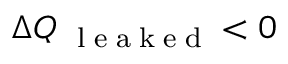
\Delta Q _ { \mathrm { ~ \tiny ~ l ~ e ~ a ~ k ~ e ~ d ~ } } < 0